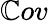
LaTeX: \mathbb{C}ov